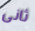
ثانى